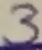
Text: 3